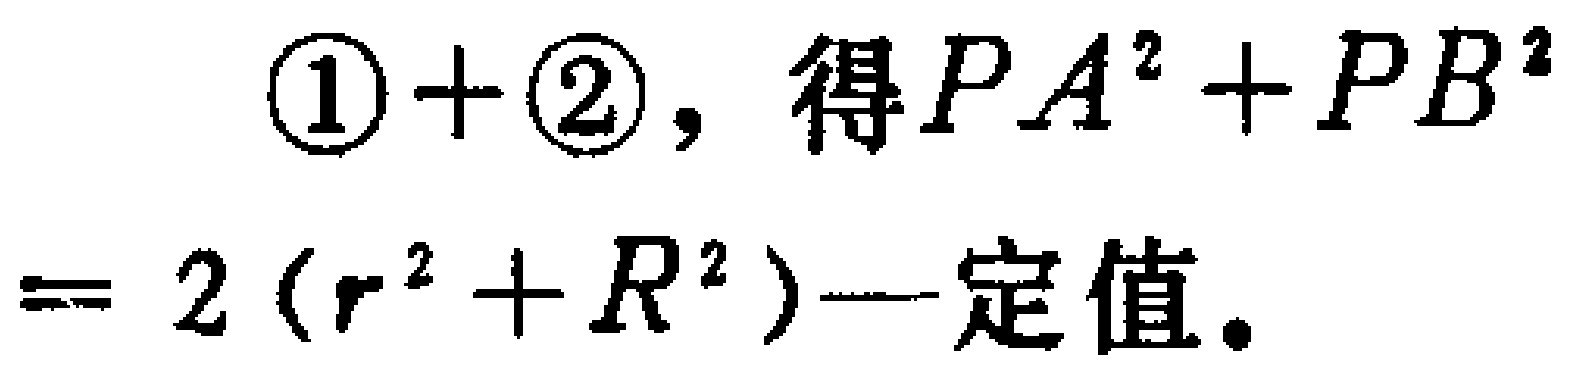
\(\textcircled{1}+\textcircled{2},\text{ 得 }PA^{2}+PB^{2}=2(r^{2}+R^{2})\text{—定值。}\)